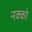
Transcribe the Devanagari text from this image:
नक्को